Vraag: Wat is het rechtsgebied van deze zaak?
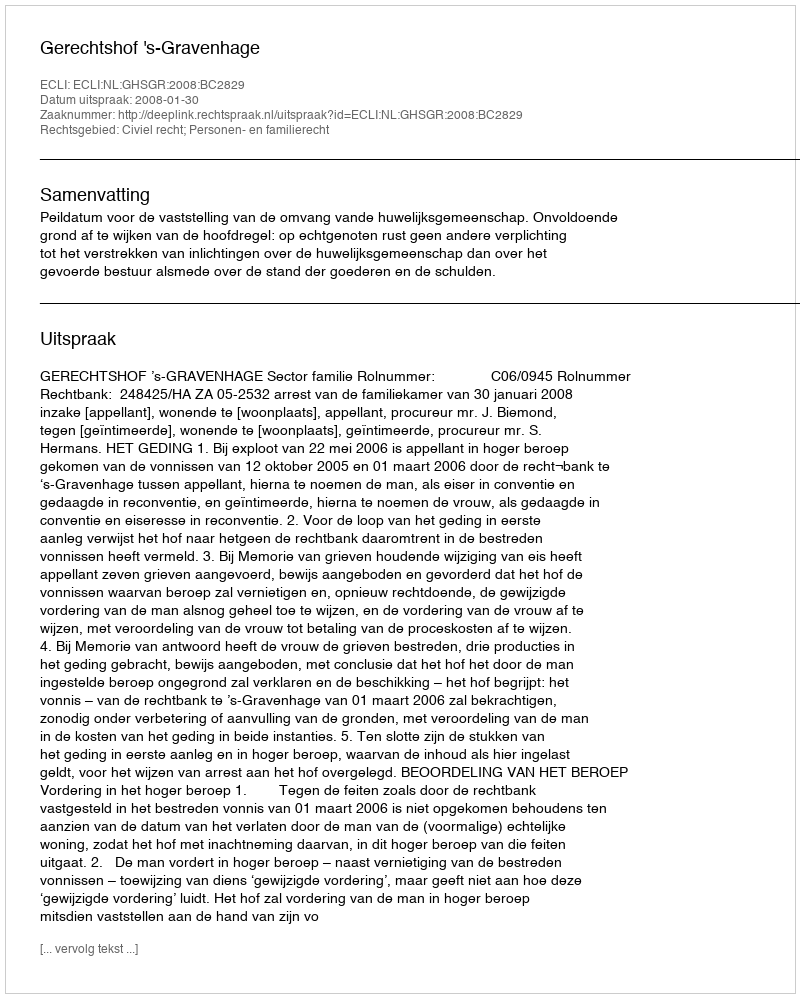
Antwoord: Civiel recht; Personen- en familierecht